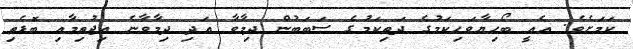
ކަމަށެވެ. އެއީ ބޯހިޔާވަހިކަމުގެ ދަތިކަމުގެ ސަބަބުން ދިމާވާ އަދި ދިމާވާނެ އިޖުތިމާއި ބޮޑެތި